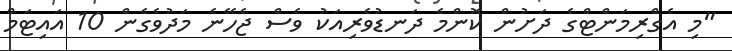
"މި އެގްރިމަންޓްގެ ދަށުން ކޮންމެ ދަނޑުވެރިއަކު ވެސް ޖެހޭނެ މަދުވެގެން 10 އައިޓަމް